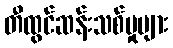
တီထွင်ဆန်းသစ်မှုများ